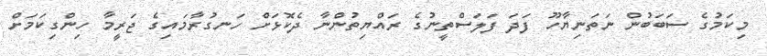
މިކަމުގެ ސަބަބުން ނަތަނިޔާހޫ ފަދަ ފަލަސްތީނުގެ ރައްޔިތުންނާ ދެކޮޅަށް ހަނގުރާމައިގެ ޖަރީމާ ހިންގިކަމަށް